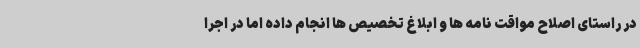
در راستای اصلاح مواقت نامه ها و ابلاغ تخصیص ها انجام داده اما در اجرا